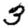
Digit: 3